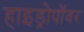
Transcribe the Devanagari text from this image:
हाइड्रोपॉवर